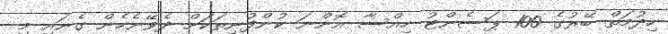
ހިދުމަތް ބޭރުގެ 100 ޕަސެންޓު ހިއްސާ އޮންނަ ކުންފުނިތަކަށް ދެވޭނެހެން ގެނައި މި